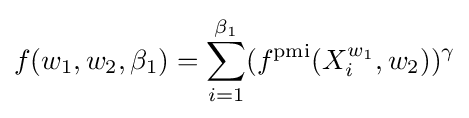
f(w_{1},w_{2},\beta _{1})=\sum _{i=1}^{\beta _{1}}(f^{\text{pmi}}(X_{i}^{w_{1}},w_{2}))^{\gamma }